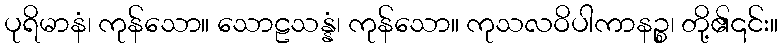
ပုရိမာနံ၊ ကုန်သော။ သောဠသန္နံ၊ ကုန်သော။ ကုသလဝိပါကာနဉ္စ၊ တို့၏၎င်း။